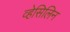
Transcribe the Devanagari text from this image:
व्हेसिलिन